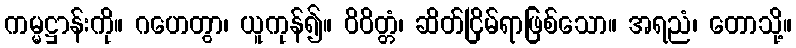
ကမ္မဋ္ဌာန်းကို။ ဂဟေတွာ၊ ယူကုန်၍။ ဝိဝိတ္တံ၊ ဆိတ်ငြိမ်ရာဖြစ်သော။ အရညံ၊ တောသို့။